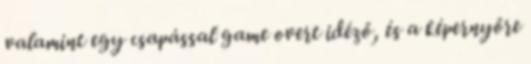
valamint egy csapással game overt idéző, és a képernyőre